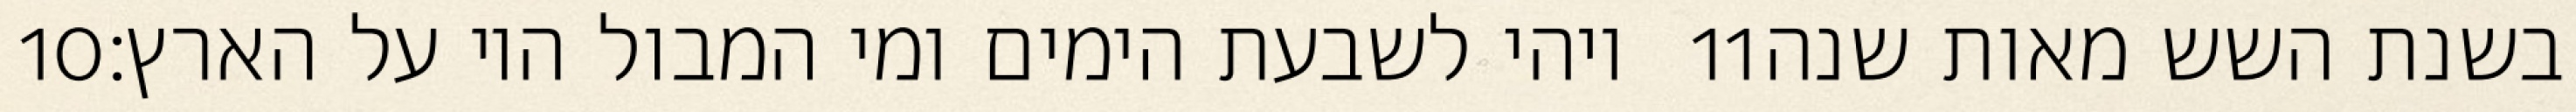
‎10‏ ויהי לשבעת הימים ומי המבול היו על הארץ׃ ‎11‏ בשנת השש מאות שנה